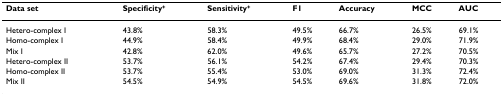
| Data set | Specificity+ | Sensitivity+ | F1 | Accuracy | MCC | AUC |
 | --- | --- | --- | --- | --- | --- | --- |
 | Hetero-complex I | 43.8% | 58.3% | 49.5% | 66.7% | 26.5% | 69.1% |
 | Homo-complex I | 44.9% | 58.4% | 49.9% | 68.4% | 29.0% | 71.9% |
 | Mix I | 42.8% | 62.0% | 49.6% | 65.7% | 27.2% | 70.5% |
 | Hetero-complex II | 53.7% | 56.1% | 54.2% | 67.4% | 29.4% | 70.3% |
 | Homo-complex II | 53.7% | 55.4% | 53.0% | 69.0% | 31.3% | 72.4% |
 | Mix II | 54.5% | 54.9% | 54.5% | 69.6% | 31.8% | 72.0% |